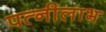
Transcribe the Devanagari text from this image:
पत्नीलाभ